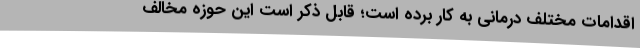
اقدامات مختلف درمانی به کار برده است؛ قابل ذکر است این حوزه مخالف